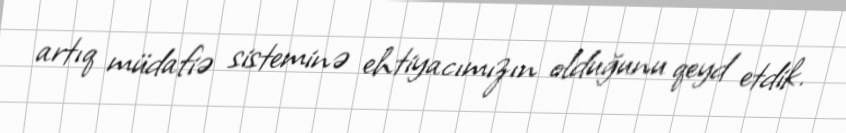
artıq müdafiə sisteminə ehtiyacımızın olduğunu qeyd etdik.